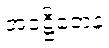
အဝဋ္ဌိတေန